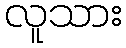
လူသား